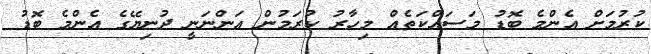
ކުރުމަށް އެންމެ ބޮޑު މަސައްކަތެއް މިހާރު ކުރަމުން އަންނަނީ ދުނިޔޭގެ އެންމެ ބޮޑު